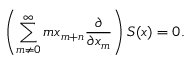
\left( \sum _ { m \neq 0 } ^ { \infty } { m x _ { m + n } { \frac { \partial } { \partial x _ { m } } } } \right) S ( x ) = 0 .